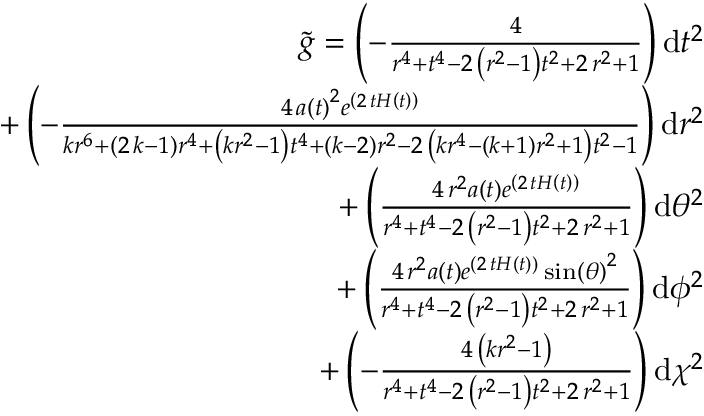
\begin{array} { r } { \tilde { g } = \left( - \frac { 4 } { r ^ { 4 } + t ^ { 4 } - 2 \, { \left( r ^ { 2 } - 1 \right) } t ^ { 2 } + 2 \, r ^ { 2 } + 1 } \right) \mathrm { d } t ^ { 2 } } \\ { + \left( - \frac { 4 \, a \left( t \right) ^ { 2 } e ^ { \left( 2 \, t H \left( t \right) \right) } } { k r ^ { 6 } + { \left( 2 \, k - 1 \right) } r ^ { 4 } + { \left( k r ^ { 2 } - 1 \right) } t ^ { 4 } + { \left( k - 2 \right) } r ^ { 2 } - 2 \, { \left( k r ^ { 4 } - { \left( k + 1 \right) } r ^ { 2 } + 1 \right) } t ^ { 2 } - 1 } \right) \mathrm { d } r ^ { 2 } } \\ { + \left( \frac { 4 \, r ^ { 2 } a \left( t \right) e ^ { \left( 2 \, t H \left( t \right) \right) } } { r ^ { 4 } + t ^ { 4 } - 2 \, { \left( r ^ { 2 } - 1 \right) } t ^ { 2 } + 2 \, r ^ { 2 } + 1 } \right) \mathrm { d } { \theta } ^ { 2 } } \\ { + \left( \frac { 4 \, r ^ { 2 } a \left( t \right) e ^ { \left( 2 \, t H \left( t \right) \right) } \sin \left( { \theta } \right) ^ { 2 } } { r ^ { 4 } + t ^ { 4 } - 2 \, { \left( r ^ { 2 } - 1 \right) } t ^ { 2 } + 2 \, r ^ { 2 } + 1 } \right) \mathrm { d } { \phi } ^ { 2 } } \\ { + \left( - \frac { 4 \, { \left( k r ^ { 2 } - 1 \right) } } { r ^ { 4 } + t ^ { 4 } - 2 \, { \left( r ^ { 2 } - 1 \right) } t ^ { 2 } + 2 \, r ^ { 2 } + 1 } \right) \mathrm { d } { \chi } ^ { 2 } } \end{array}